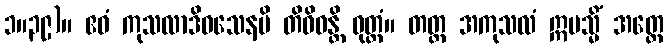
၁။၃၉)။ ဧဝံ ကုသလာဒိဝသေနပိ တိဝိဓန္တိ ဝုတ္တံ။ တတ္ထ အကုသလံ ဣမသ္မိံ အတ္ထေ